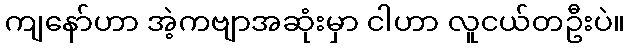
ကျနော်ဟာ အဲ့ကဗျာအဆုံးမှာ ငါဟာ လူငယ်တဦးပဲ။